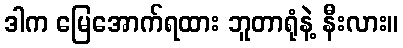
ဒါက မြေအောက်ရထား ဘူတာရုံနဲ့ နီးလား။